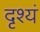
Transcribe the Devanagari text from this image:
दृश्यं